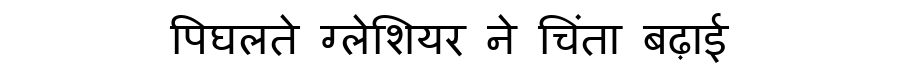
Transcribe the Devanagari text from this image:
पिघलते ग्लेशियर ने चिंता बढ़ाई